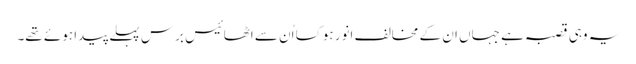
یہ وہی قصبہ ہے جہاں ان کے مخالف انور ہوکسا اُن سے اٹھائیس برس پہلے پیدا ہوئے تھے۔